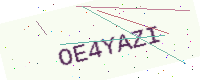
Text: OE4YAZI